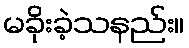
မခိုးခဲ့သနည်း။